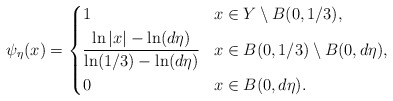
\begin{align*}\psi_\eta (x)=\left\{\aligned& 1 && x\in Y\setminus B(0, 1/3), \\&\frac{\ln |x| -\ln (d\eta)}{ \ln (1/3)-\ln (d\eta)} & & x \in B(0, 1/3) \setminus B(0, d\eta),\\& 0 & & x\in B(0, d \eta).\endaligned\right.\end{align*}